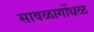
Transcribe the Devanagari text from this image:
सावळागोंधळ